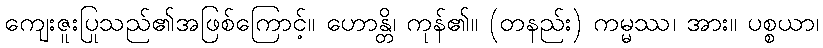
ကျေးဇူးပြုသည်၏အဖြစ်ကြောင့်။ ဟောန္တိ၊ ကုန်၏။ (တနည်း) ကမ္မဿ၊ အား။ ပစ္စယာ၊